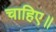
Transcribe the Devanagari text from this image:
चाहिए॥